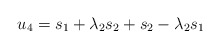
\begin{align*}\begin{aligned}u_4& = s_1 + \lambda_2s_2 + s_2 - \lambda_2s_1 \\\end{aligned}\end{align*}